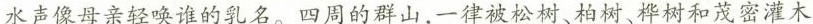
\underline{水声像母亲轻唤谁的乳名。}四周的群山，一律被松树、柏树、桦树和茂密灌木